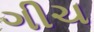
ગીચ